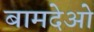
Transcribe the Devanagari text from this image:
बामदेओ